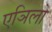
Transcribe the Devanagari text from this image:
एञिलो